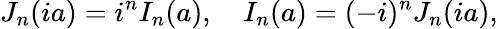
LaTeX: J_{n}(ia)=i^{n}I_{n}(a),\quad I_{n}(a)=(-i)^{n}J_{n}(ia),